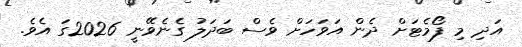
އަދި މި ފޯމެޓަށް ދެން އަވަހަށް ވެސް ބަދަލު ގެނެވޭނީ 2026ގަ އެވެ.